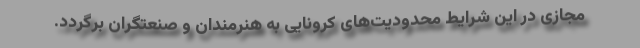
مجازی در این شرایط محدودیت‌های کرونایی به هنرمندان و صنعتگران برگردد.